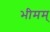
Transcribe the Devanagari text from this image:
भीमम्